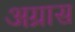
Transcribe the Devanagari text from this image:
अग्रास